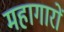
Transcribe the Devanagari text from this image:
महागारों